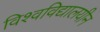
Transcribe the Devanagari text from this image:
विश्‍वविद्यालयीन